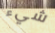
شيء